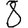
Digit: 8